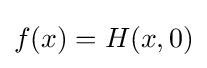
f(x)=H(x,0)